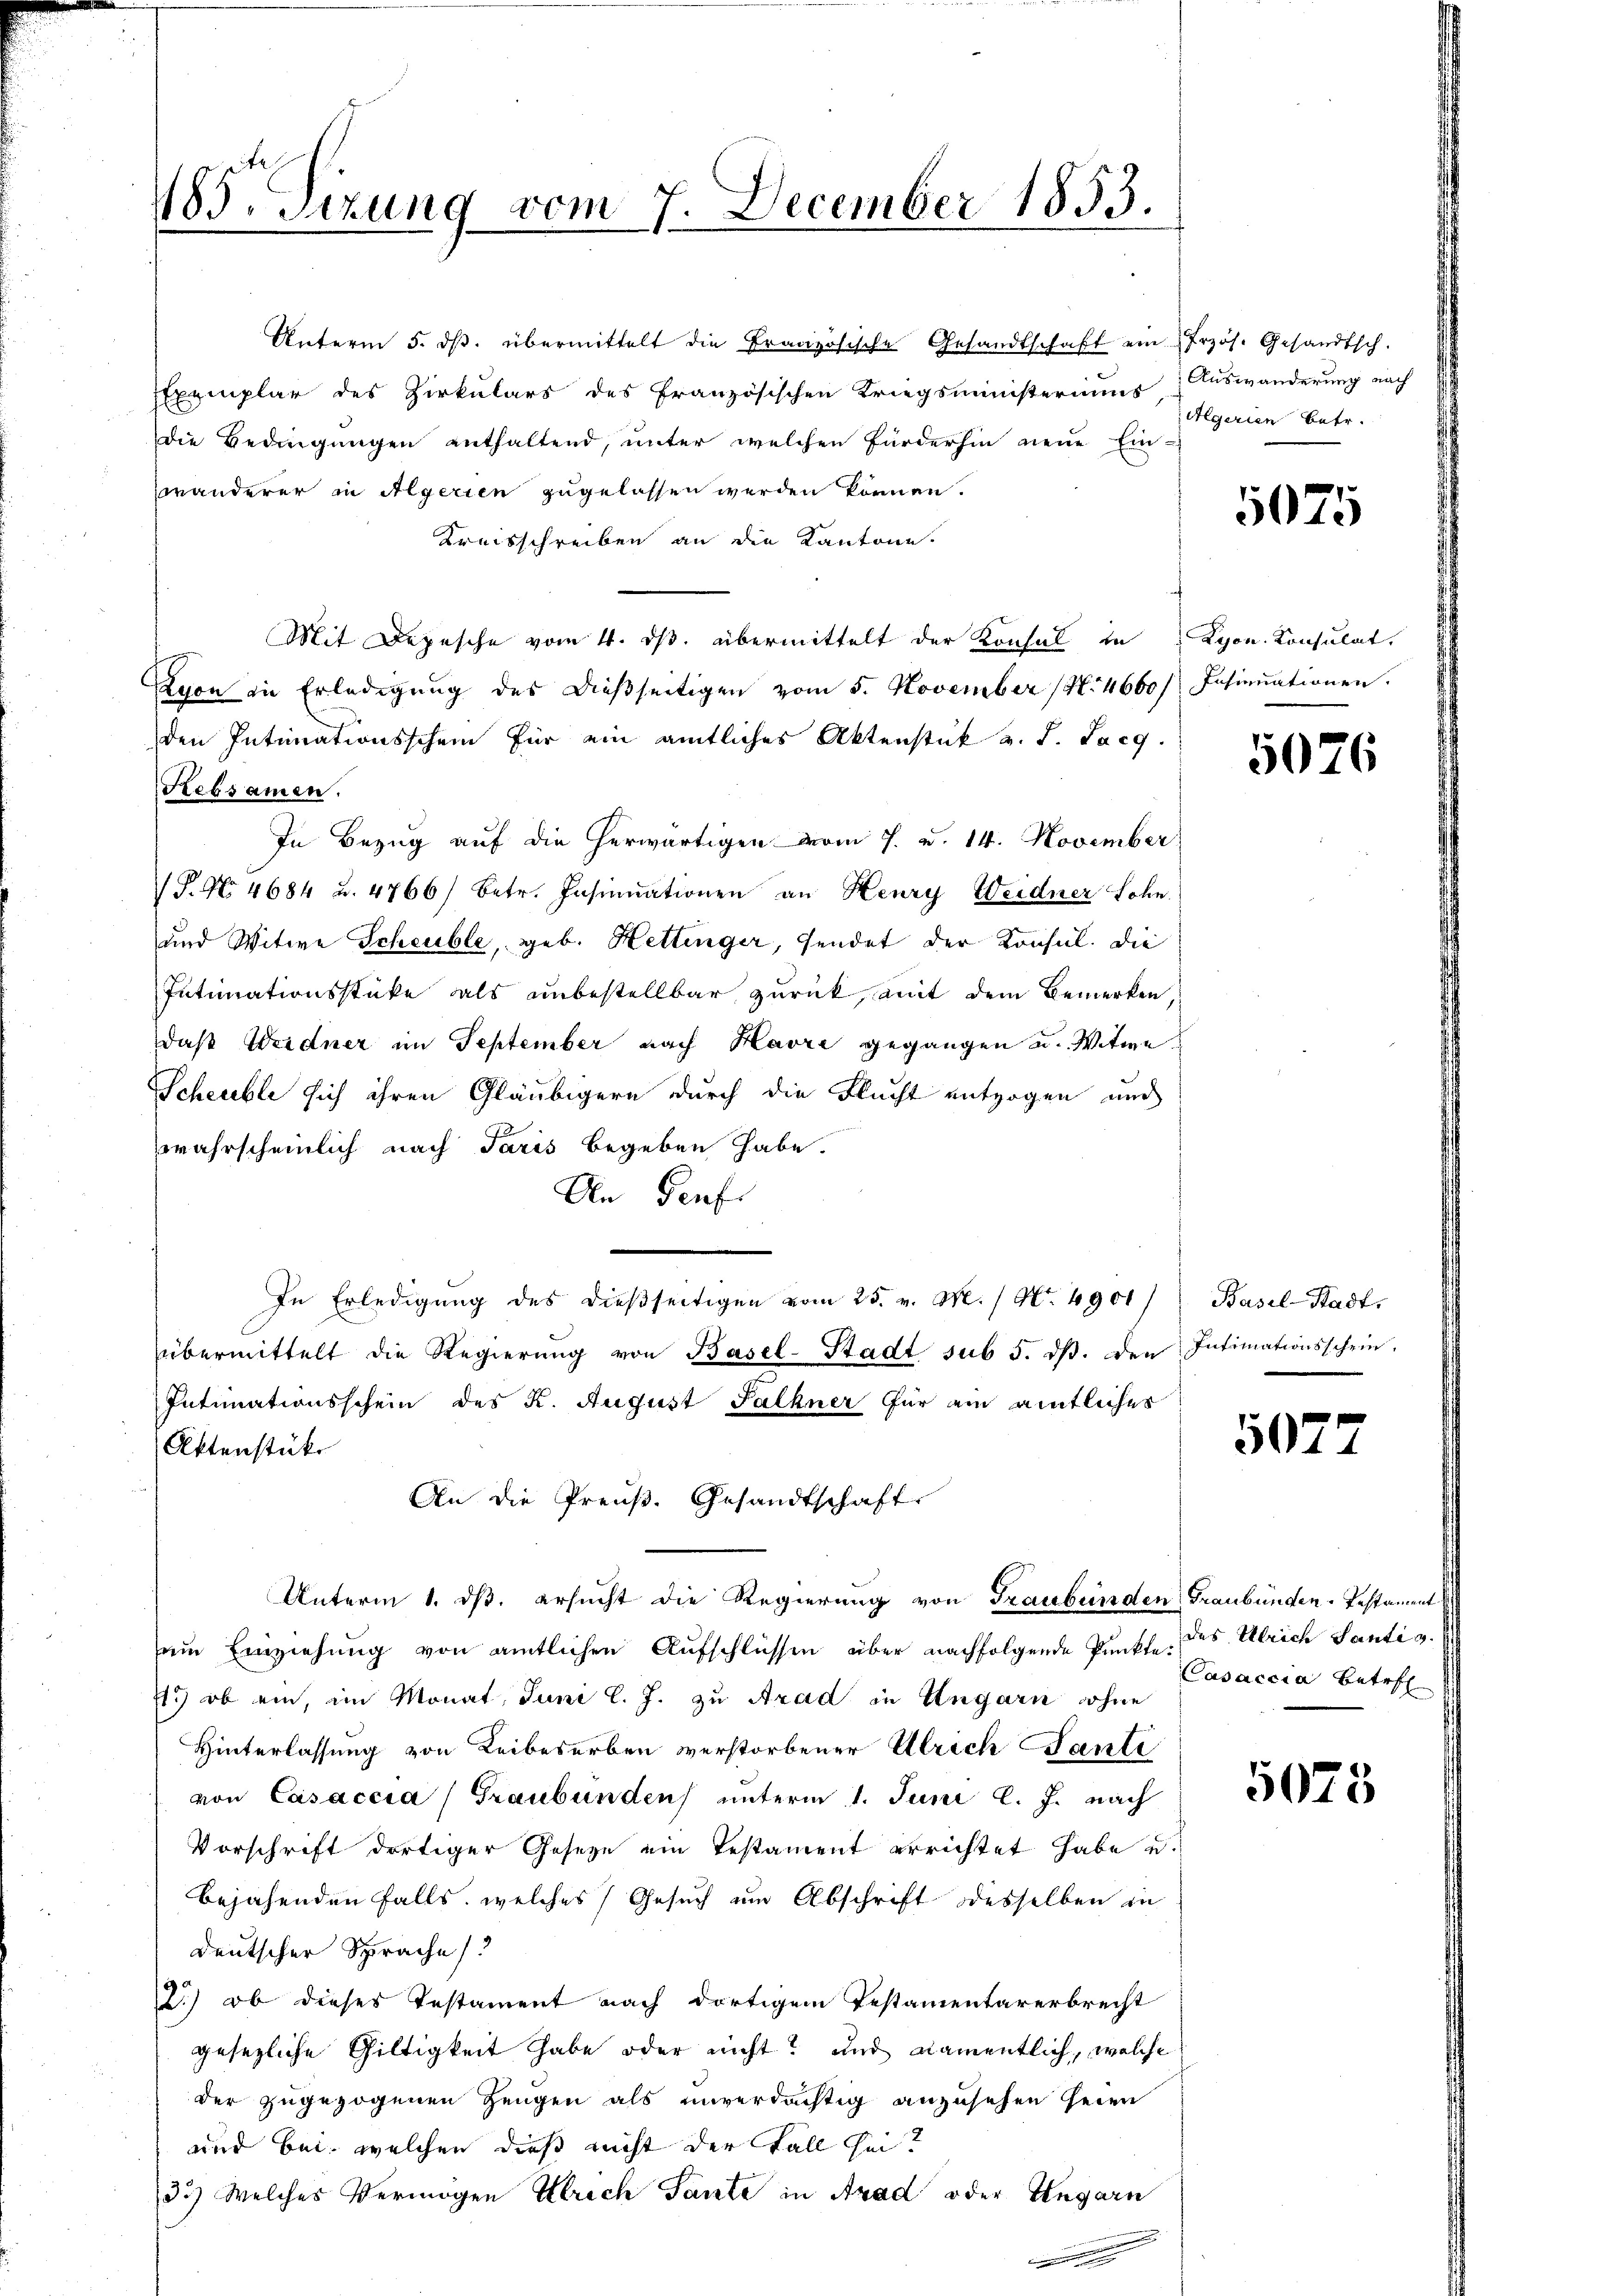
485. Sizung vom 7. December 1853.

Unterm 5. dβ. übermittelt die Französische Gesandtschaft ein Przös. Gesandtsch.
Exemplar des Zirkulars des französischen Kriegsministeriums Auswanderung nach
die Bedingungen enthaltend, unter welchen Fürderhin neue Ein-
wänderer in Algerien zugelassen werden können.
Kreisschreiben an die Kantone.
Mit Depesche vom 4. ds. übermittelt der Konsul in Lyon Konsulat,
Ayon in Erledigŭng des dießseitigen vom 5. November (N. 4660/ Insinuationen.
den Intimationsschein für ein amtliches Aktenstück a. d. Larg.
Rebsamen.
In Bezug auf die herwärtigen vom 7. u. 14. November
S. No. 4684 u. 4766/ betr. Insinuationen an Henry Weidner Lohn.
und Witwe Scheuble, geb. Hettinger, sendet der Konsul. die
Intimationsstücke als unbestellbar zurück, mit dem Bemerken
daß Weidner im September nach Havre gegangen u. Witwe
SScheuble sich ihren Gläubigern durch die Flucht entzogen und
wahrscheinlich nach Paris begeben habe.
In Teuf
In Erledigung des dießseitigen vom 25. v. M. / No. 4901)
übermittelt die Regierŭng von Basel-Stadt sub 5. dβ. den Intimationsschein-
Intimationsschein des K. August Falkner für ein amtlicher
Aktenstücke
An die Preuß. Gesandtschaft
Unterm 1. ds. ersucht die Regierung von Graubünden Graubünden-Pestament
em Einziehung von amtlichen Aufschlüssen über nachfolgende Punkte des Ulrich Santis
71.) ob ein, im Monat, Juni l. J. zu Arad in Ungarn ohne
Hinterlassung von Leibeserben verstorbener Ulrich Santi
von Casaccia (Graubünden unterm 1. Juni l. J. nach
Vorschrift dortiger Gesetze ein Testament errichtet habe u.
bejahenden Falls, welches Gesuch um Abschrift desselben in
deutscher Sprache
2) ob dieses Testament nach dortigem Testamentarerbrecht
gesezliche Giltigkeit habe oder nicht? und namentlich, welche
der zugezogenen Zeugen als unverdächtig anzusehen seien
und bei: welchen dieß nicht der Fall hint
3.) Welches Vermögen Ulrich Tante in Arad oder Ungarn

Aegerien betr.

5075

5076

Basel-Stadt.

507

Casaccia Betre

5075